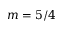
m = 5 / 4